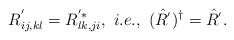
\begin{align*}R_{ij,kl}^{'} = R_{lk,ji}^{'*},\ i.e., \ (\hat{R^{'}})^{\dagger} = \hat{R^{'}}.\end{align*}